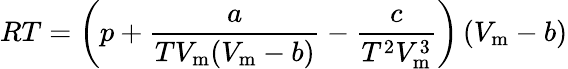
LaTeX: RT=\left(p+{\frac{a}{TV_{\mathrm{m}}(V_{\mathrm{m}}-b)}}-{\frac{c}{T^{2}V_{\mathrm{m}}^{3}}}\right)\left(V_{\mathrm{m}}-b\right)